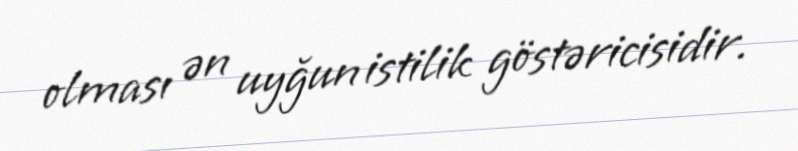
olması ən uyğun istilik göstəricisidir.